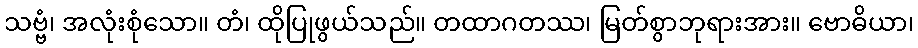
သဗ္ဗံ၊ အလုံးစုံသော။ တံ၊ ထိုပြုဖွယ်သည်။ တထာဂတဿ၊ မြတ်စွာဘုရားအား။ ဗောဓိယာ၊